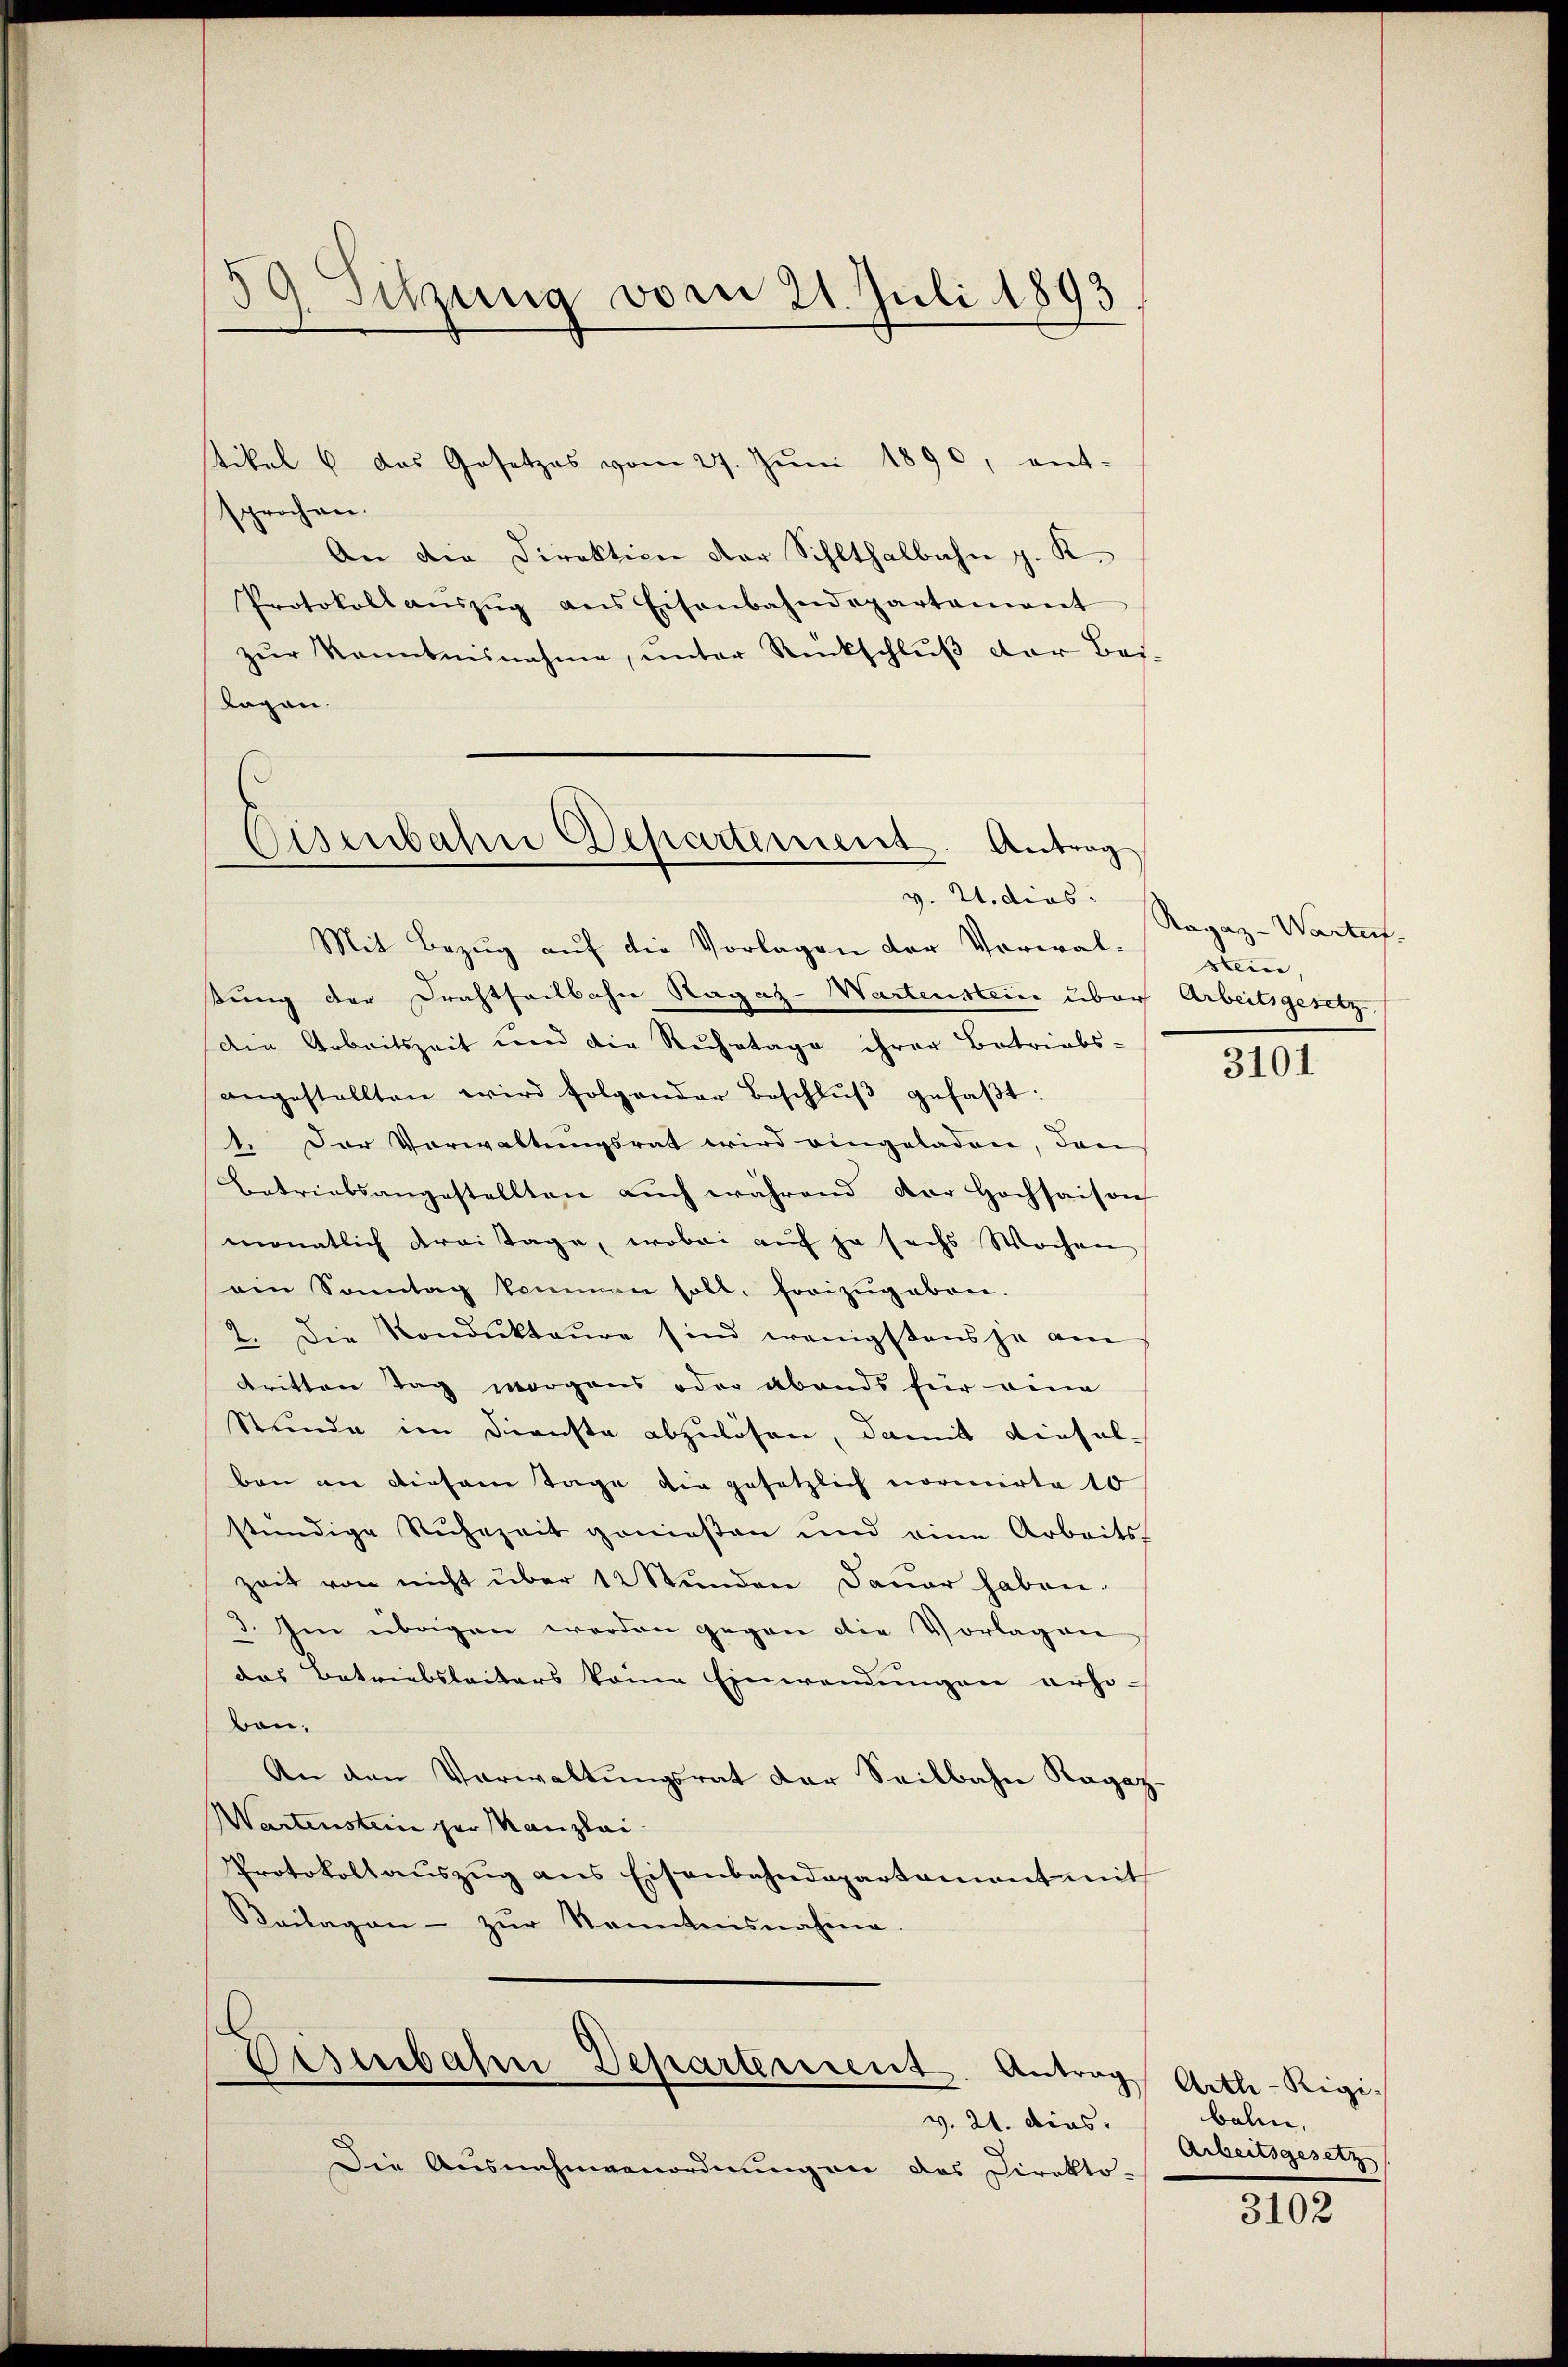
tikel u. das Gesetzes vom 27. Jŭni 1890, ent-
sprochen.
An die Direktion der Sihlthalbahn z. K.
Protokoll aŭszŭg ans Eisenbahndepartement
zur Kenntnisnahme, unter Rückschluß der Beslagen.

59. Sitzung vom 21. Juli 1893

Eisenbahne Departement. Antrag

Mit Bezug auf die Vorlagen der Vorwal-
sung der Drahtheilbahn Ragaz-Wartenstein über Arbeitsgesetz
die Arbeitszeit und die Ruhetage ihrer Betriebs-
angestellten wird folgender Beschlŭβ gefaβt:
1. Der Vorwaltungsrat wird eingeladen, den
Betriebsangestellten aŭch während der Hochsaison
monatlich drei Tage, wobei auf ja sechs Wochen
ein Sonntag kommen soll, freizŭgeben.
2. Die Kondukteure sind wenigstens je am
tritten Tag morgens oder Abends für eine
Stunde im Dienste abzulösen, damit diesel-
ben an diesem Tage die gesetzlich normirte 10
stündige Ruhezeit genießen und eine Arbeits-
zeit von nicht über 12 Stunden Dauer haben.
3. Im übrigen werden gegen die Vorlagen
das Betriebsleiters keine Einwendungen erhi-
von.
An den Verwaltŭngsrat der Seilbahn Ragaz
Wartenstein per Manzlai
Protokoll aŭszŭg ans Eisenbahndepartament mit
Keilagen - zur Kenntnisnahme.

s
Osenbahn Departement. Antrag

v. 21. dies
Die Ausnahmvenordnung an das Direkto-

v. U. dies Ragaz-Wartef
stein

3101

Arth-Rigi-
balen,
Arbeitsgesetz

3102